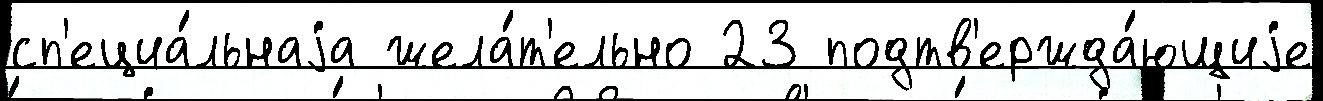
сп'ециа́льнаjа жела́т'ельно 23 подтв'ержда́ющиjе